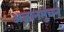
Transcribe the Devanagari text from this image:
अज्ञानमुंचन